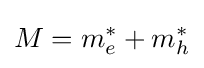
M=m_{e}^{*}+m_{h}^{*}